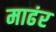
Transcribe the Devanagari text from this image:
माढंर